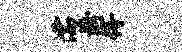
濡济得